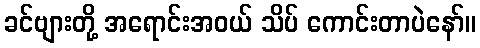
ခင်ဗျားတို့ အရောင်းအဝယ် သိပ် ကောင်းတာပဲနော်။